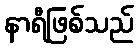
နာရီဖြစ်သည်